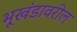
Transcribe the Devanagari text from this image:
भूखंडावरील